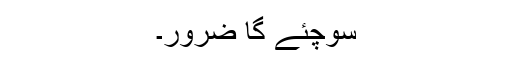
سوچئے گا ضرور۔